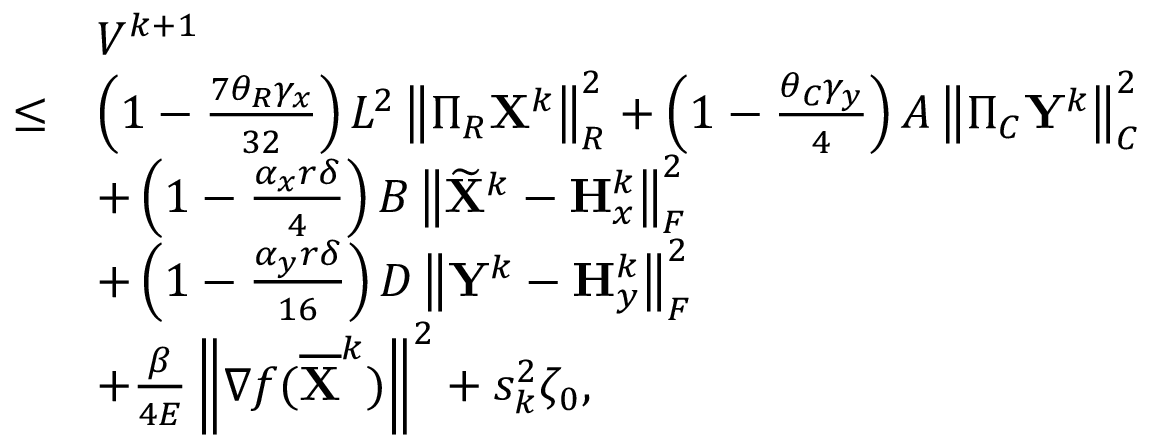
\begin{array} { r l } & { V ^ { k + 1 } } \\ { \leq } & { \left( 1 - \frac { 7 \theta _ { R } \gamma _ { x } } { 3 2 } \right) L ^ { 2 } \left\| \Pi _ { R } { \mathbf { X } } ^ { k } \right\| _ { R } ^ { 2 } + \left( 1 - \frac { \theta _ { C } \gamma _ { y } } { 4 } \right) A \left\| \Pi _ { C } { \mathbf { Y } } ^ { k } \right\| _ { C } ^ { 2 } } \\ & { + \left( 1 - \frac { \alpha _ { x } r \delta } { 4 } \right) B \left\| \widetilde { { \mathbf { X } } } ^ { k } - { \mathbf { H } } _ { x } ^ { k } \right\| _ { F } ^ { 2 } } \\ & { + \left( 1 - \frac { \alpha _ { y } r \delta } { 1 6 } \right) D \left\| { \mathbf { Y } } ^ { k } - { \mathbf { H } } _ { y } ^ { k } \right\| _ { F } ^ { 2 } } \\ & { + \frac { \beta } { 4 E } \left\| \nabla f ( \overline { { { \mathbf { X } } } } ^ { k } ) \right\| ^ { 2 } + s _ { k } ^ { 2 } \zeta _ { 0 } , } \end{array}